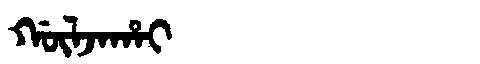
Manchu: ᡤᡡᠯᠵᠠᡥᠠᡳ
Romanization: GŪLJAHAI